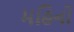
મહિનો